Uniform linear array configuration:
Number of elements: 24
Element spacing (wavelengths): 0.25
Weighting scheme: hann
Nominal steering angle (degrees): -60
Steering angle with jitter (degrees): -61.179
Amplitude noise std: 0.05
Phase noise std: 0.05

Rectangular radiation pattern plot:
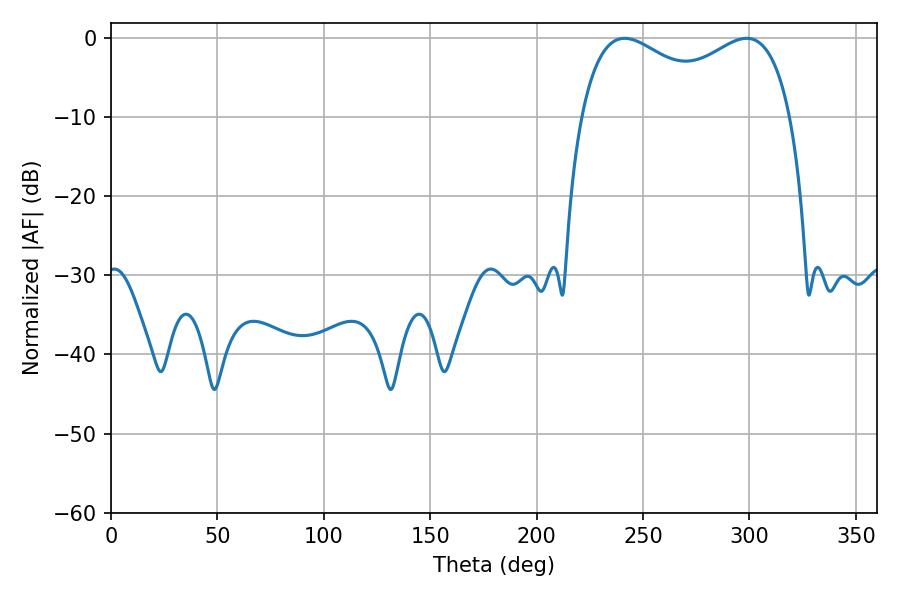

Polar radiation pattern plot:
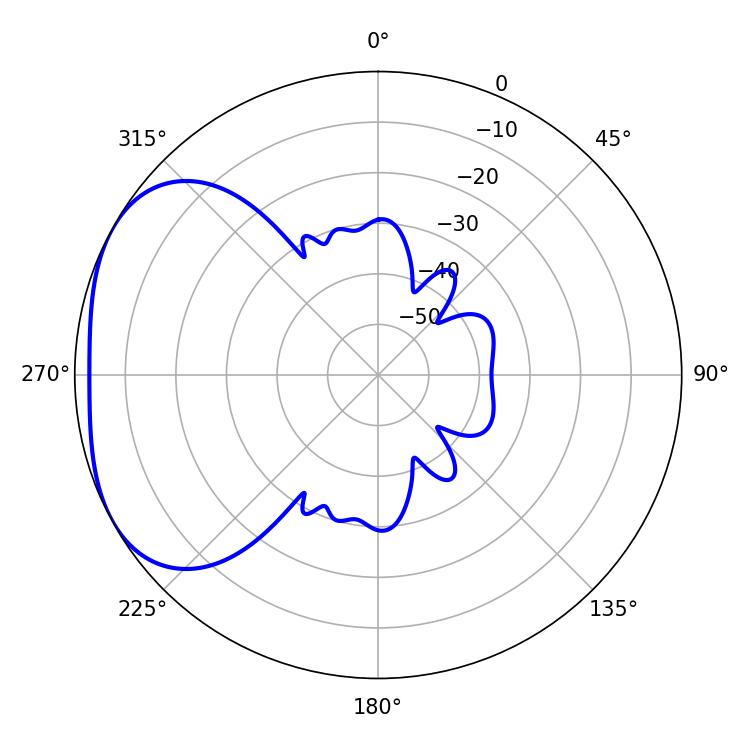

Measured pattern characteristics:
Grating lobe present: FALSE
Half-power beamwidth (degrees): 82.08
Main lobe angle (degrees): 241.38